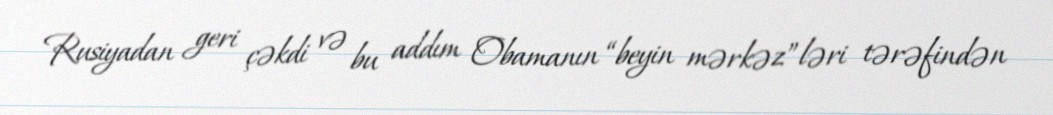
Rusiyadan geri çəkdi və bu addım Obamanın “beyin mərkəz”ləri tərəfindən